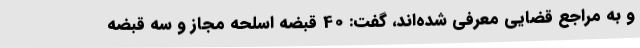
و به مراجع قضایی معرفی شده‌اند، گفت: 40 قبضه اسلحه مجاز و سه قبضه